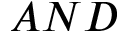
A N D